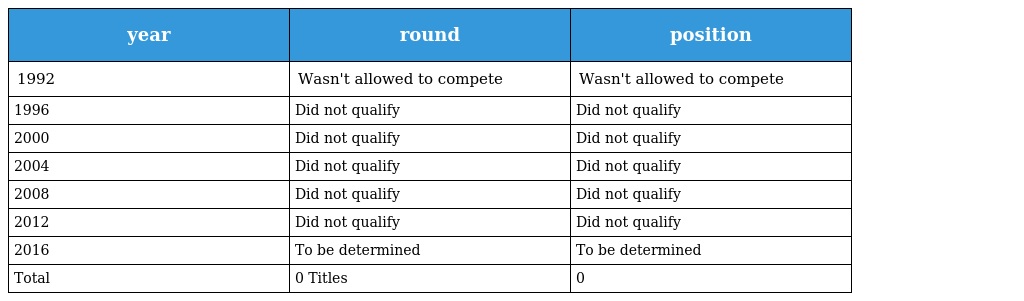
| year | round | position |
 | --- | --- | --- |
 | 1992 | Wasn't allowed to compete | Wasn't allowed to compete |
 | 1996 | Did not qualify | Did not qualify |
 | 2000 | Did not qualify | Did not qualify |
 | 2004 | Did not qualify | Did not qualify |
 | 2008 | Did not qualify | Did not qualify |
 | 2012 | Did not qualify | Did not qualify |
 | 2016 | To be determined | To be determined |
 | Total | 0 Titles | 0 |